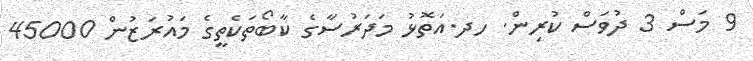
9 މަސް 3 ދުވަސް ކުރިން. ހދ.އަތޮޅު މަދަރުސާގެ ކާބޯތަކެތީގެ މައުރަޒުން 45000